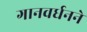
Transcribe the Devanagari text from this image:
गानवर्धनने